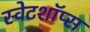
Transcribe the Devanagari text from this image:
स्वेटशॉप्स